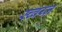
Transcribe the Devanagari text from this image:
स्च्वय्ज़